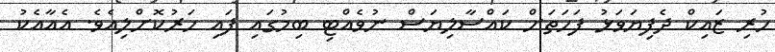
ހުރި ޒައިކް ދެފިޔަވަޅު ފަހަތަށް ކައްސާލިޔަސް ނުވެއްޓި ބިމުގައި ފައި ހަރުކޮށްލިއެވެ. އެއާއެކު